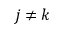
j \ne k